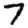
Digit: 7